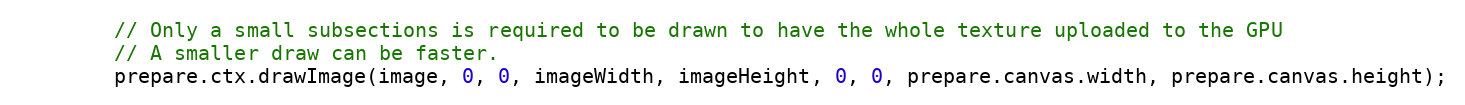
Language: JavaScript
        // Only a small subsections is required to be drawn to have the whole texture uploaded to the GPU
        // A smaller draw can be faster.
        prepare.ctx.drawImage(image, 0, 0, imageWidth, imageHeight, 0, 0, prepare.canvas.width, prepare.canvas.height);